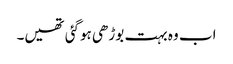
اب وہ بہت بوڑھی ہوگئی تھیں۔